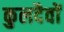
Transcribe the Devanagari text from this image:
कुलदैवों